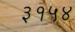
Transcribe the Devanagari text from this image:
३१५४